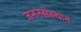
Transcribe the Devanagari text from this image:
जननसंस्थान